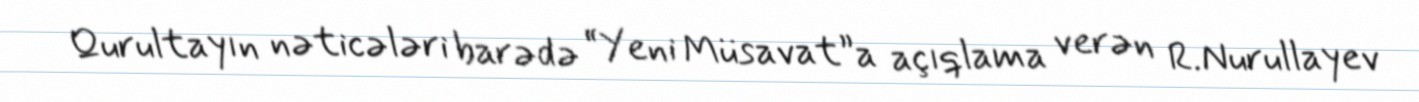
Qurultayın nəticələri barədə “Yeni Müsavat”a açıqlama verən R.Nurullayev